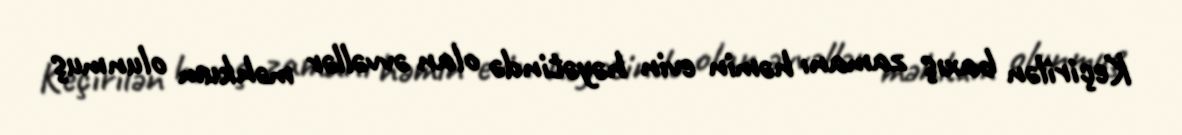
Keçirilən baxış zamanı həmin evin həyətində olan əvvəllər məhkum olunmuş